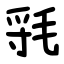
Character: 㲕